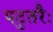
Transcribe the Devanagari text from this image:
पटुतरैः